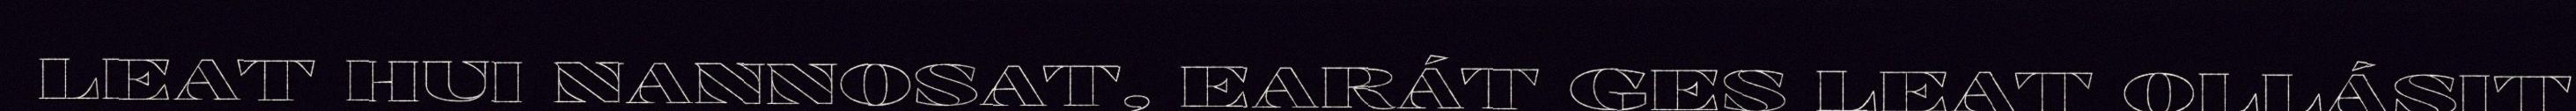
LEAT HUI NANNOSAT, EARÁT GES LEAT OLLÁSIT